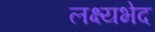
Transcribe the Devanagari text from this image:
लक्ष्यभेद